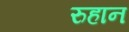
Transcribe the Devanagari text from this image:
रुहान